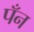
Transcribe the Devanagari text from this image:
पँन